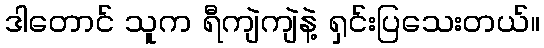
ဒါတောင် သူက ရီကျဲကျဲနဲ့ ရှင်းပြသေးတယ်။